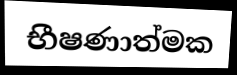
භීෂණාත්මක